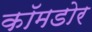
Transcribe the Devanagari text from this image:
कॉमडोर